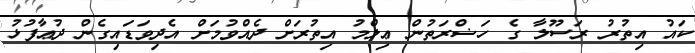
ކައު އިތުރު ރަސޫލާ ގެ ހަޟްރަތުން ޢިލްމު އިތުރަށް ދެއްވުމަށް އެދިވަޑައިގެން ދުޢާފުޅު